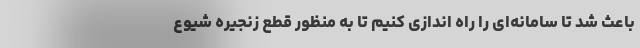
باعث شد تا سامانه‌ای را راه اندازی کنیم تا به منظور قطع زنجیره شیوع